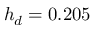
h _ { d } = 0 . 2 0 5